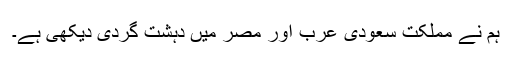
ہم نے مملکت سعودى عرب اور مصر میں دہشت گردى دیکهى ہے۔